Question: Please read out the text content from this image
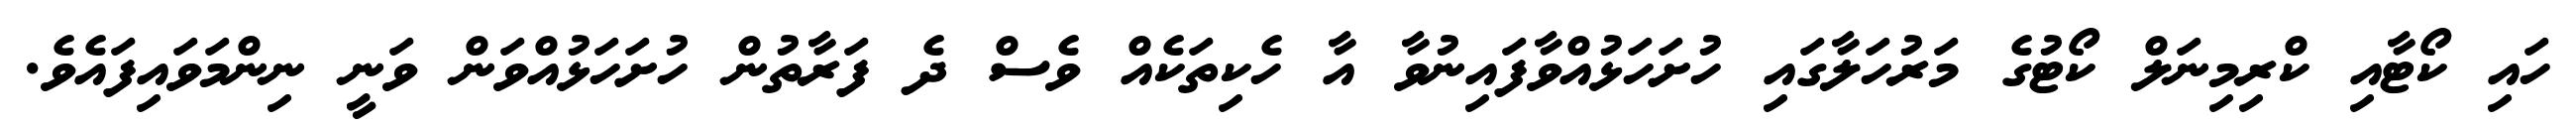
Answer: ހައި ކޯޓާއި ކްރިމިނަލް ކޯޓުގެ މަރުހަލާގައި ހުށަހަޅުއްވާފައިނުވާ އާ ހެކިތަކެއް ވެސް ދެ ފަރާތުން ހުށަހަޅުއްވަން ވަނީ ނިންމަވައިފައެވެ.